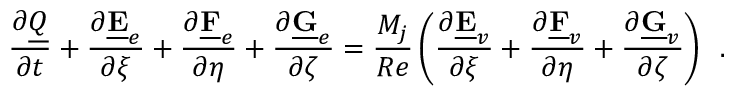
\frac { \partial \underline { { Q } } } { \partial t } + \frac { \partial \underline { { \mathbf { E } } } _ { e } } { \partial \xi } + \frac { \partial \underline { { \mathbf { F } } } _ { e } } { \partial \eta } + \frac { \partial \underline { { \mathbf { G } } } _ { e } } { \partial \zeta } = \frac { M _ { j } } { R e } \left( \frac { \partial \underline { { \mathbf { E } } } _ { v } } { \partial \xi } + \frac { \partial \underline { { \mathbf { F } } } _ { v } } { \partial \eta } + \frac { \partial \underline { { \mathbf { G } } } _ { v } } { \partial \zeta } \right) \, \mathrm { ~ . ~ }